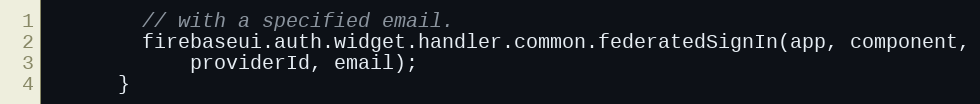
Language: JavaScript
        // with a specified email.
        firebaseui.auth.widget.handler.common.federatedSignIn(app, component,
            providerId, email);
      }